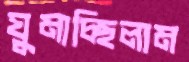
ঘুমাচ্ছিলাম